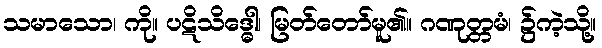
သမာသော၊ ကို။ ပဋိသိဒ္ဓေါ၊ မြတ်တော်မူ၏။ ဂဏုတ္တမံ၊ ၌ကဲ့သို့။